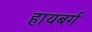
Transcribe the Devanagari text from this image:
हायबर्ग